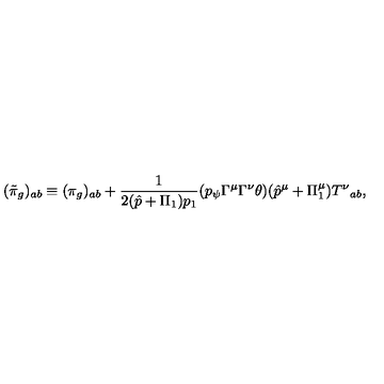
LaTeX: ( \tilde { \pi } _ { g } ) _ { a b } \equiv ( \pi _ { g } ) _ { a b } + \frac 1 { 2 ( \hat { p } + \Pi _ { 1 } ) p _ { 1 } } ( p _ { \psi } \Gamma ^ { \mu } \Gamma ^ { \nu } \theta ) ( \hat { p } ^ { \mu } + \Pi _ { 1 } ^ { \mu } ) { T ^ { \nu } } _ { a b } ,